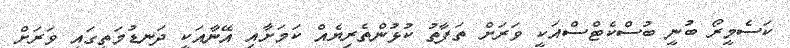
ކަސެމީރޯ ބުނީ ބުސްކެޓްސްއަކީ ވަރަށް ތަފާތު ކުޅުންތެރިޔެއް ކަމަށާއި އޭނާއަކީ ދަނޑުމަތީގައި ވަރަށް